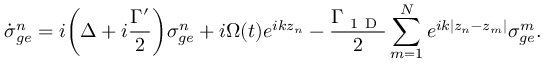
\dot { \sigma } _ { g e } ^ { n } = i \bigg ( \Delta + i \frac { \Gamma ^ { \prime } } { 2 } \bigg ) \sigma _ { g e } ^ { n } + i \Omega ( t ) e ^ { i k z _ { n } } - \frac { \Gamma _ { \mathrm { ~ 1 ~ D ~ } } } { 2 } \sum _ { m = 1 } ^ { N } e ^ { i k | z _ { n } - z _ { m } | } \sigma _ { g e } ^ { m } .